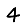
Digit: 4